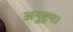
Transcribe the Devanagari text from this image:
अनुष्टुप।